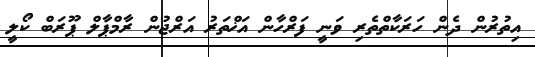
އިތުރުން ދެން ހަރަކާތްތެރި ވަނީ ފަރްހާން އަޚްތަރު އަރްޖުން ރާމްޕާލް ޕޫރަބް ކޯލީ